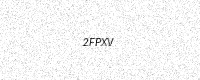
Text: 2FPXV